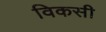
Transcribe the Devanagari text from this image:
विकसी